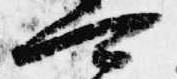
可